Sketch of the medical history of the native army of Bombay, for the year
Year: 1876
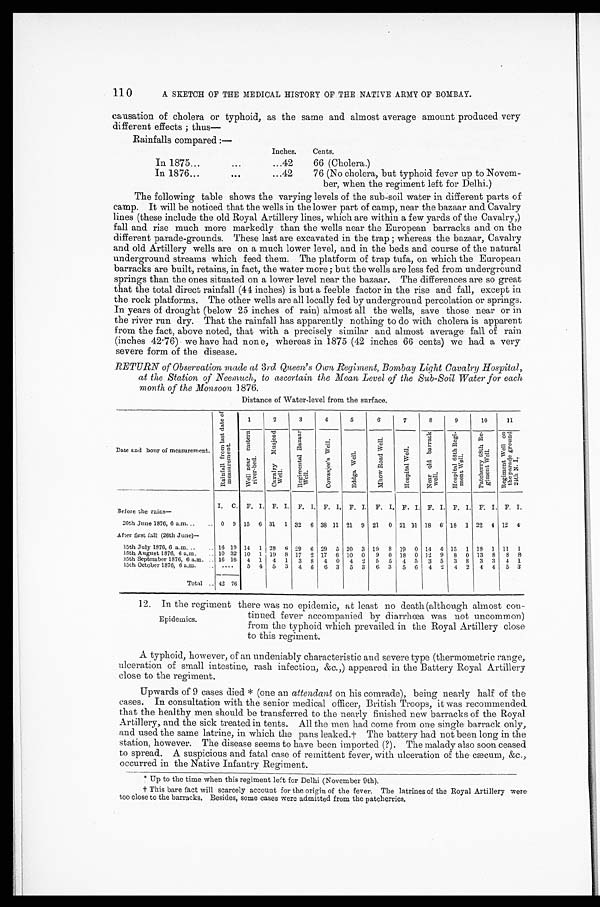
110
A SKETCH OF THE MEDICAL HISTORY OF THE NATIVE ARMY OF BOMBAY.
causation of cholera or typhoid, as the same and almost average amount produced very
different effects ; thus—
Rainfalls compared :—
Inches.
Cents.
In 1875
...
...
...42
66 (Cholera.)
In 1876
...
. . .
...42
76 (No cholera, but typhoid fever up to Novem-
ber, when the regiment left for Delhi.)
The following table shows the varying levels of the sub-soil water in different parts of
camp. It will be noticed that the wells in the lower part of camp, near the bazaar and Cavalry
lines (these include the old Royal Artillery lines, which are within a few yards of the Cavalry,)
fall and rise much more markedly than the wells near the European barracks and on the
different parade-grounds. These last are excavated in the trap ; whereas the bazaar, Cavalry
and old Artillery wells are on a much lower level, and in the beds and course of the natural
underground streams which feed them. The platform of trap tufa, on which the European
barracks are built, retains, in fact, the water more ; but the wells are less fed from underground
springs than the ones situated on a lower level near the bazaar. The differences are so great
that the total direct rainfall (44 inches) is but a feeble factor in the rise and fall, except in
the rock platforms. The other wells are all locally fed by underground percolation or springs.
In years of drought (below 25 inches of rain) almost all the wells, save those near or in
the river run dry. That the rainfall has apparently nothing to do with cholera is apparent
from the fact, above noted, that with a precisely similar and almost average fall of rain
(inches 42.76). we have had none, whereas in 1875 (42 inches 66 cents) we had a very
severe form of the disease.
RETURN of Observation made at 3rd Queen’s Own Regiment, Bombay Light Cavalry Hospital,
at the Station of Neemuch, to ascertain the Mean Level of the Sub-Soil Water for each
month of the Monsoon 1876.
Distance of Water-level from the surface.
Date and hour of measurement.
R a i n f a l l f r o m l a s t d a t e o f m e a s u r e m e n t .
1
2
3
4
5
6
7
8
9
10
11
W e l l n e a r e a s t e r n r i v e r - b e d .
C a v a l r y M u s j e e d W e l l .
R e g i m e n t a l B a z a a r W e l l .
C o w a s j e e ' s We l l .
E d d g a We l l .
M h o w R o a d W e l l .
H o s p i t a l W e l l .
N e a r o l d b a r r a c k w e l l .
H o s p i t a l 6 8 t h R e g i - m e n t W e l l .
P a t c h e r r y 6 8 t h R e g i - m e n t We l l .
R e g i m e n t W e l l o n t h e p a r a d e g r o u n d 2 4 t h N . I .
I. C. F. I. F. I. F. I. F. I. F. I. F. I. F. I. F. I. F. I. F. I. F. I.
Before the rains–
0 9 15 6 31 1 32 6 38 11 21 9 21 0 21 11 18 6 18 1 22 4 12
4
20th June 1876, 6 a.m ... ...
After first fall (26th June)–
16 19 14 1 28 6 29 6 29 5 20 3 19 8 19 0 14 4 15 1 18 1 11 1
15th July 1876, 6 a.m.
.. ..
15th August 1876, 6 a.m.
.. 10 32 10 1 19 8 17 2 17 6 10 0 9 0 18 0 12 9 8 0 13 8 8
8
15th September 1876, 6 a.m. .. 16 16 4 1 4 1 3 8 4 0 4
2 5 5 4 5 3 5 3 8 3 3 4 1
15th October 1876, 6 a.m. .. .. ..
5 4 5 3 4 6 6 3 5 3
6 3 5 6 4 2 4 2 4 4 5 3
Total . . 42 76
12. In the regiment there was no epidemic, at least no death (although almost con-
Epidemics.
tinued fever accompanied by diarrhœa was not uncommon)
from the typhoid which prevailed in the Royal Artillery close
to this regiment.
A typhoid, however, of an undeniably characteristic and severe type (thermometric range,
ulceration of small intestine, rash infection, &c.,) appeared in the Battery Royal Artillery
close to the regiment.
Upwards of 9 cases died * (one an attendant on his comrade), being nearly half of the
cases. In consultation with the senior medical officer, British Troops, it was recommended
that the healthy men should be transferred to the nearly finished new barracks of the Royal
Artillery, and the sick treated in tents. All the men had come from one single barrack only,
and used the same latrine, in which the pans leaked.† The battery had not been long in the
station, however. The disease seems to have been imported (?). The malady also soon ceased
to spread. A suspicious and fatal case of remittent fever, with ulceration of the cæcum, &c.,
occurred in the Native Infantry Regiment.
* Up to the time when this regiment left for Delhi (November 9th).
† This bare fact will scarcely account for the origin of the fever. The latrines of the Royal Artillery were
too close to the barracks. Besides, some cases were admitted from the patcherries.